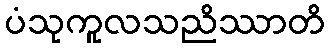
ပံသုကူလသညိဿာတိ